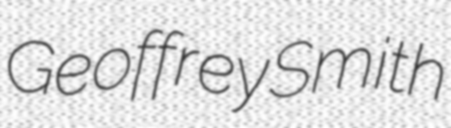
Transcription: Geoffrey Smith